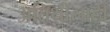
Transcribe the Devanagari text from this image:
अतिथींसाठी